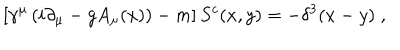
\left[ \gamma ^ { \mu } \left( i \partial _ { \mu } - g A _ { \mu } ( x ) \right) - m \right] S ^ { c } ( x , y ) = - \delta ^ { 3 } ( x - y ) \; , \;